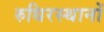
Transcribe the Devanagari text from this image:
रुधिरस्थानों